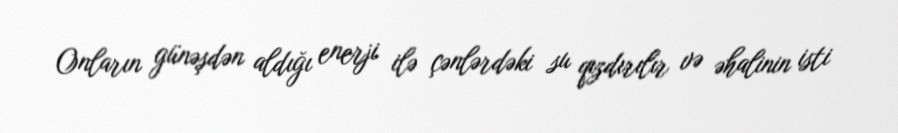
Onların günəşdən aldığı enerji ilə çənlərdəki su qızdırılır və əhalinin isti